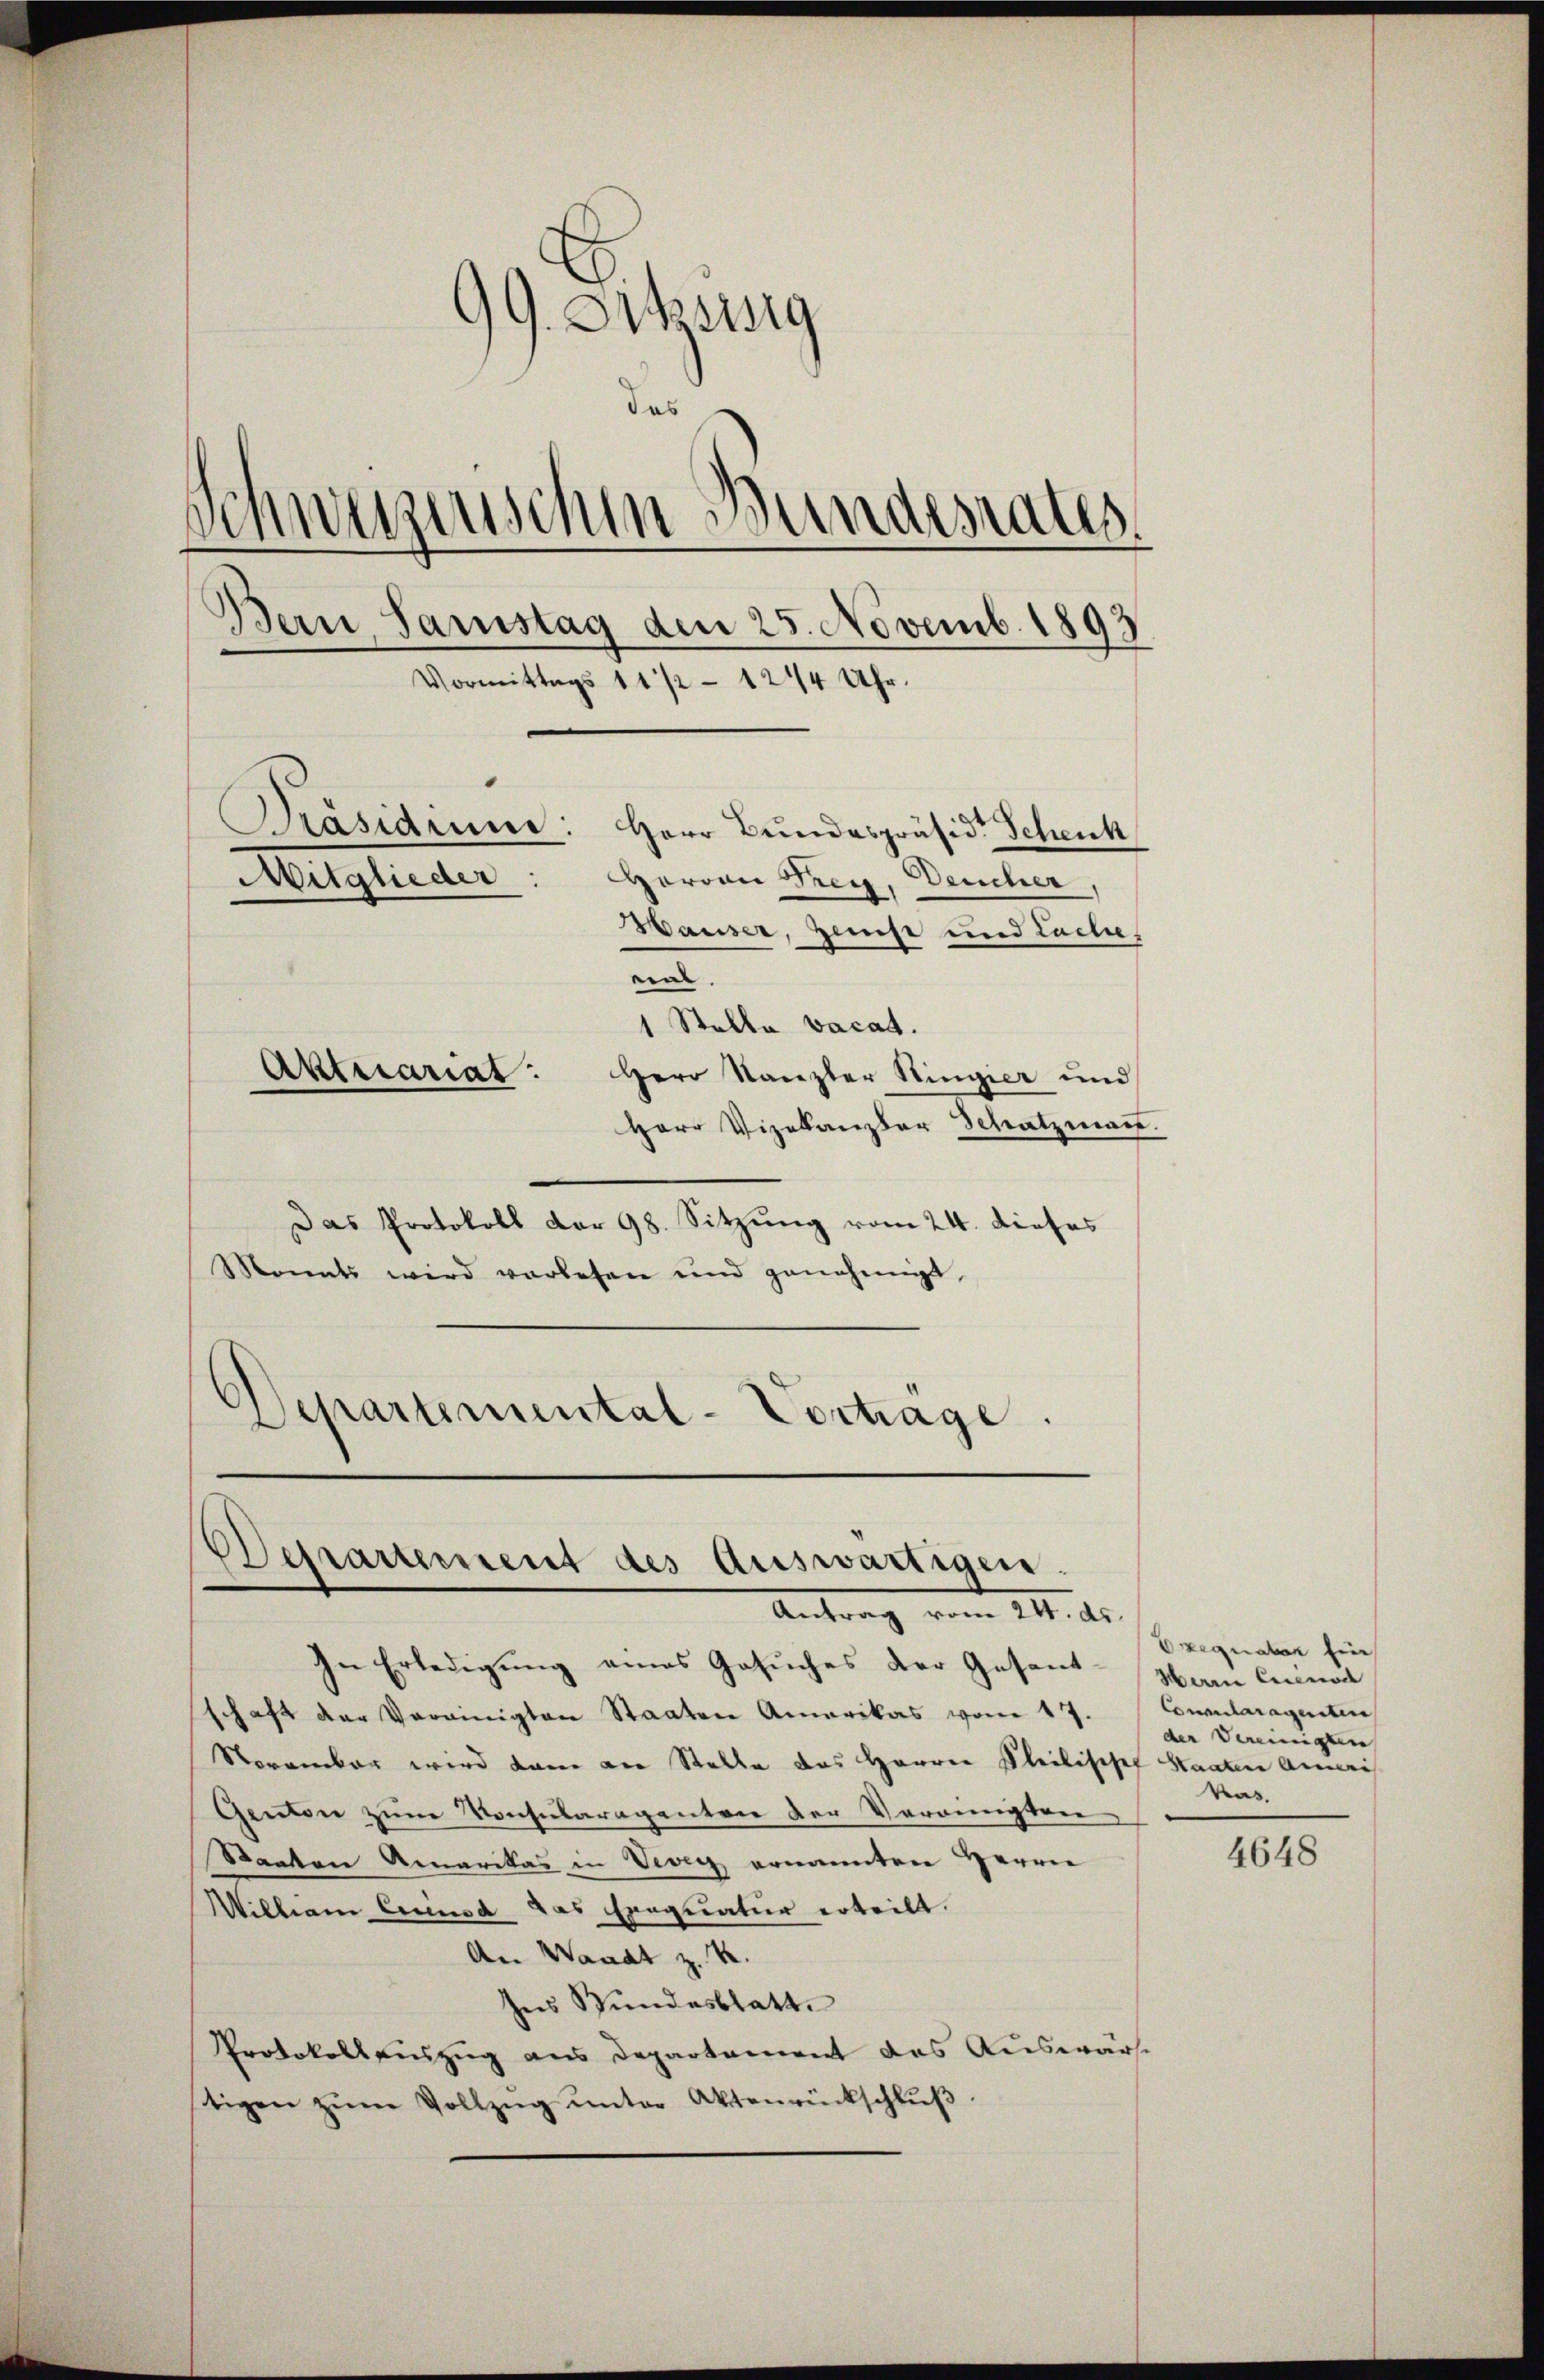
99. Sitzung
das
Schwerzenschen Bundesrates
Bern, Samstag den 25. Novemb. 1893
Vormittags 11 1/2 - 12/4 Uhr.
Präsideme: Herr Bundespräsid. Schenk
Mitglieder
Hervon Frey, Deucher,
Wauser, Zerst und Lache,
ein.
1 Stelle vacat.
Aktuariat.
Herr Stanzler Hinger und
Herr Vizekanzler Schatzmann.

Das Protokoll der 98. Sitzung vom 24. dieses
Monats wird verlesen und genehmigt,
Departemental-Vortrage

Derartement des Auswärtigen.
Antrag vom 14. ds.

In Erledigung eines Gesuches der Gesandschaft der Vereinigten Staaten Amerikas vom 17.
Storember wird dann die Stelle das Herrn Philischef Staaten Aneris
Genten zum Konsularagenten der Verannten
Staaten Amerikas in Vevey ernannten Herrn
William cuiusa das Exequatur erteilt.
An Waadt z. K.
Ins Bundesblatte
Protokollauszug aus Departement das Auswärs
tigen zŭm Vollzŭg ŭnter Aktenrückschlŭβ

Ueguaber ein
Herrn Eisenod
Conclaragenten
der Vereinigten
kas.

4648